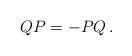
LaTeX: \begin{align*}QP=-PQ\,.\end{align*}